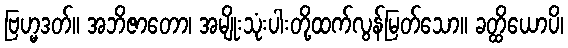
ဗြဟ္မဒတ်။ အဘိဇာတော၊ အမျိုးသုံးပါးတို့ထက်လွန်မြတ်သော။ ခတ္ထိယောပိ၊